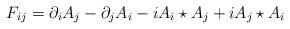
LaTeX: \begin{align*}F_{ij} = \partial_i A_j-\partial_jA_i - iA_i\star A_j + iA_j\star A_i\end{align*}